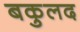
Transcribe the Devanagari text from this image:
बकुलद